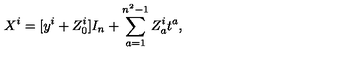
X ^ { i } = [ y ^ { i } + Z _ { 0 } ^ { i } ] I _ { n } + \sum _ { a = 1 } ^ { n ^ { 2 } - 1 } Z _ { a } ^ { i } t ^ { a } ,